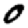
Digit: 0